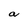
Character: a